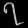
Digit: ၇